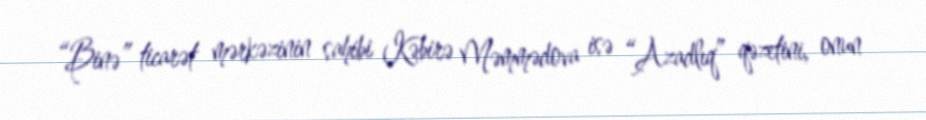
“Binə” ticarət mərkəzinin sahibi Kəbirə Məmmədova isə “Azadlıq” qəzetini, onun